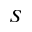
S